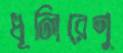
ধূলিরেণু